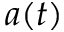
a ( t )